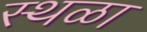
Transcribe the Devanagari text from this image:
स्थळा